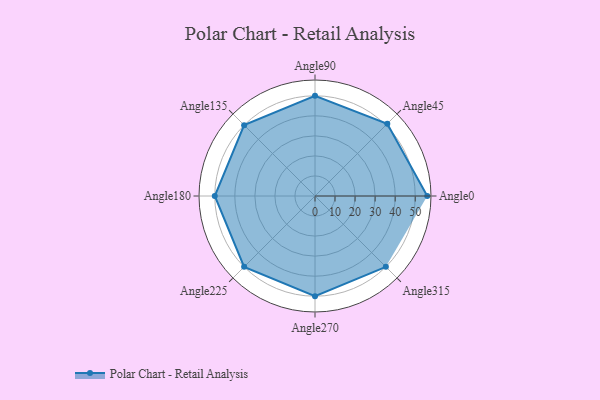
{"axis": {"x": "Angle", "y": "Radius"}, "legend": [""], "data": [{"x": "Angle0", "y": 56.0, "type": ""}, {"x": "Angle45", "y": 51.0, "type": ""}, {"x": "Angle90", "y": 50, "type": ""}, {"x": "Angle135", "y": 50, "type": ""}, {"x": "Angle180", "y": 50, "type": ""}, {"x": "Angle225", "y": 50, "type": ""}, {"x": "Angle270", "y": 50, "type": ""}, {"x": "Angle315", "y": 50, "type": ""}]}